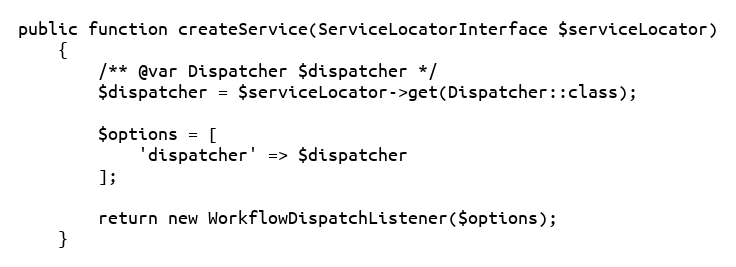
Language: PHP
public function createService(ServiceLocatorInterface $serviceLocator)
    {
        /** @var Dispatcher $dispatcher */
        $dispatcher = $serviceLocator->get(Dispatcher::class);

        $options = [
            'dispatcher' => $dispatcher
        ];

        return new WorkflowDispatchListener($options);
    }